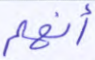
أنهم